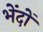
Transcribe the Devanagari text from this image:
भेंदों